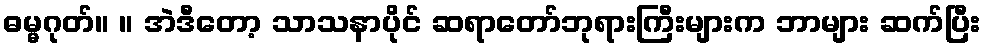
ဓမ္မဂုတ်။ ။ အဲဒီတော့ သာသနာပိုင် ဆရာတော်ဘုရားကြီးများက ဘာများ ဆက်ပြီး